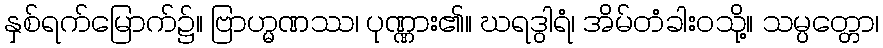
နှစ်ရက်မြောက်၌။ ဗြာဟ္မဏဿ၊ ပုဏ္ဏား၏။ ဃရဒွါရံ၊ အိမ်တံခါးဝသို့။ သမ္ပတ္တော၊